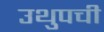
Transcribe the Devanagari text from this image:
उथुपची